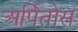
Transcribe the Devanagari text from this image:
अर्पितोस